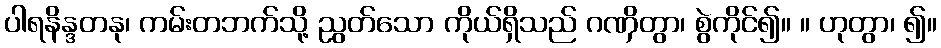
ပါရနိန္ဒတနု၊ ကမ်းတဘက်သို့ ညွတ်သော ကိုယ်ရှိသည် ဂဏှိတွာ၊ စွဲကိုင်၍။ ။ ဟုတွာ၊ ၍။